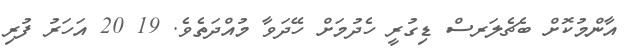
އާންމުކޮށް ބެޗެލަރސް ޑިގުރީ ހެދުމަށް ހޭދަވާ މުއްދަތެވެ. 19 20 އަހަރު ފުރި